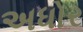
અધોર